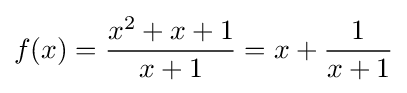
f(x)={\frac {x^{2}+x+1}{x+1}}=x+{\frac {1}{x+1}}